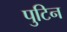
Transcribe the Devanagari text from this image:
पुटिन